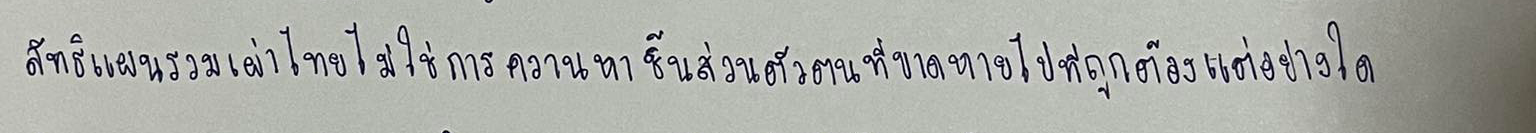
ลัทธิแผนรวมเผ่าไทยไม่ใช่การควานหาชิ้นส่วนตัวตนที่ขาดหายไปที่ถูกต้องแต่อย่างใด